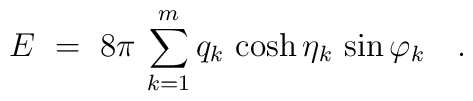
E\ =\ 8\pi\,\sum_{k=1}^mq_k\,\cosh\eta_k\,\sin\varphi_k  \quad.